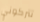
تتركوني